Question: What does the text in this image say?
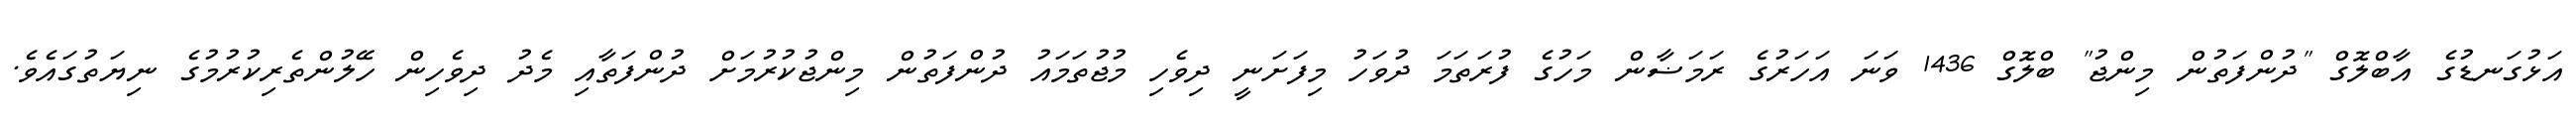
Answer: އަޅުގަނޑުގެ އާބްލޮގް "ދުންފަތުން މިންޖު" ބްލޮގް 1436 ވަނަ އަހަރުގެ ރަމަޟާން މަހުގެ ފުރަތަމަ ދުވަހު މިފަށަނީ ދިވެހި މުޖުތަމައު ދުންފަތުން މިންޖުކުރުމަށް ދުންފަތާއި މެދު ދިވެހިން ހޭލުންތެރިކުރުމުގެ ނިޔަތުގައެވެ.